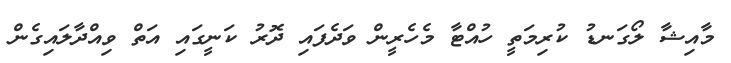
މާއިޝާ ލޯގަނޑު ކުރިމަތީ ހުއްޓާ މެހެރީން ވަދެފައި ދޮރު ކަނީގައި އަތް ވިއްދާލައިގެން